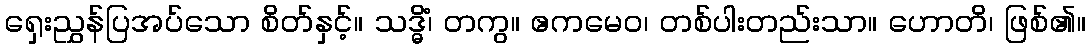
ရှေးညွှန်ပြအပ်သော စိတ်နှင့်။ သဒ္ဓိံ၊ တကွ။ ဧကမေဝ၊ တစ်ပါးတည်းသာ။ ဟောတိ၊ ဖြစ်၏။